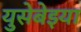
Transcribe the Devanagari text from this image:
युसेबेइया